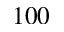
1 0 0